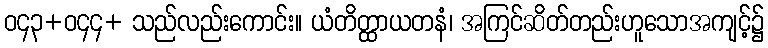
ဝ၄၃+ဝ၄၄+ သည်လည်းကောင်း။ ယံတိတ္ထာယတနံ၊ အကြင်ဆိတ်တည်းဟူသောအကျင့်၌